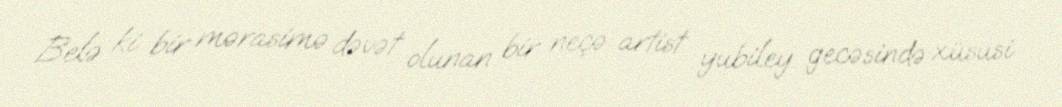
Belə ki bir mərasimə dəvət olunan bir neçə artist yubiley gecəsində xüsusi